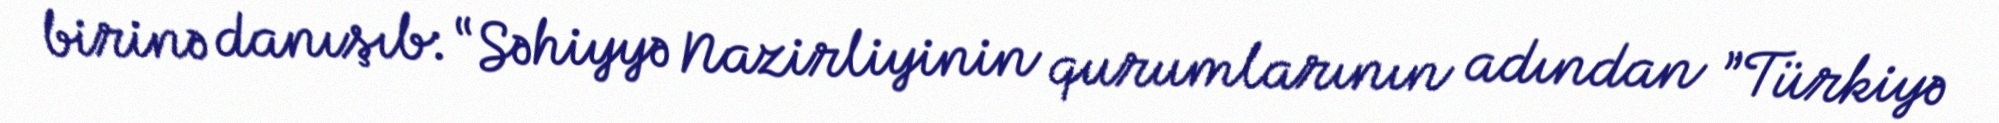
birinə danışıb: “Səhiyyə Nazirliyinin qurumlarının adından ”Türkiyə